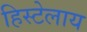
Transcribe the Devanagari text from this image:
हिस्टेलाय